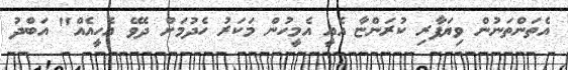
އެތަންތަނުން ވިޔަފާރި ކުރަންޏާ އެއީ އެމީހުން މަކަރު ހެދުމަށް ދެވޭ އެހީއެއް" އަބްދު